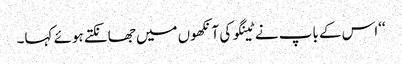
‘‘اس کے باپ نے ٹینگو کی آنکھوں میں جھانکتے ہوئے کہا۔